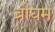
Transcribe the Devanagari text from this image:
ब्रौघम